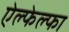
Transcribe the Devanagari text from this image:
ऐल्फेल्फा